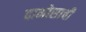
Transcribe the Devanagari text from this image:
दाभोसाची